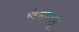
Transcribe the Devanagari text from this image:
कंसवधम्